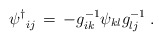
\begin{align*}{\psi^{\dagger}}_{ij}\,=\,-g^{-1}_{ik}\psi_{kl}g^{-1}_{lj} \; .\end{align*}